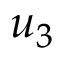
u _ { 3 }